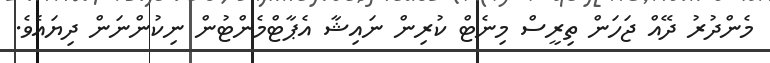
މެންދުރު ދޭއް ޖަހަން ތިރީސް މިނެޓް ކުރިން ނައިޝާ އެޕާޓްމެންޓުން ނިކުންނަން ދިޔައެވެ.